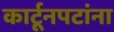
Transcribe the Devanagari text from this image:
कार्टूनपटांना